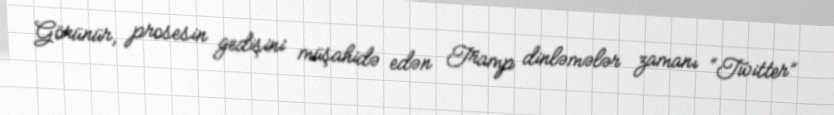
Görünür, prosesin gedişini müşahidə edən Tramp dinləmələr zamanı “Twitter”